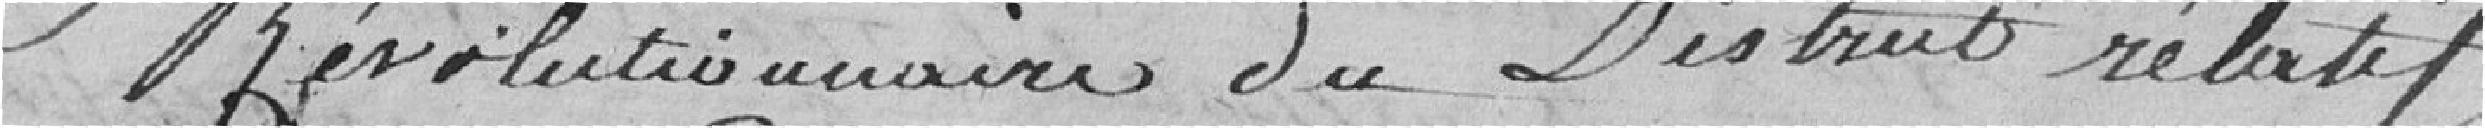
révolutionnaire du District relatif